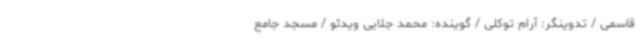
قاسمی / تدوینگر: آرام توکلی / گوینده: محمد جلایی ویدئو / مسجد جامع